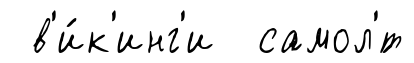
в'и́к'инг'и самол'́т